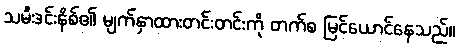
သမီးဒင်းနိစ်၏ မျက်နှာထားတင်းတင်းကို တက်စ မြင်ယောင်နေသည်။